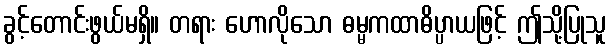
ခွင့်တောင်းဖွယ်မရှိ။ တရား ဟောလိုသော ဓမ္မကထာဓိပ္ပာယဖြင့် ဤသို့ပြုသူ